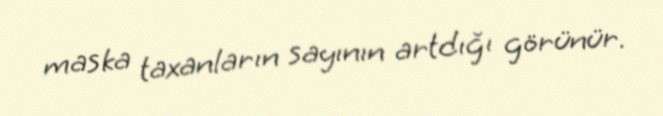
maska taxanların sayının artdığı görünür.